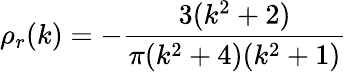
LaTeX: \rho_{r}(k)=-{\frac{3(k^{2}+2)}{\pi(k^{2}+4)(k^{2}+1)}}